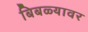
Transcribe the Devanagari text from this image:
बिबळ्यावर